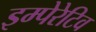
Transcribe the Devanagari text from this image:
इम्पेरेटिव